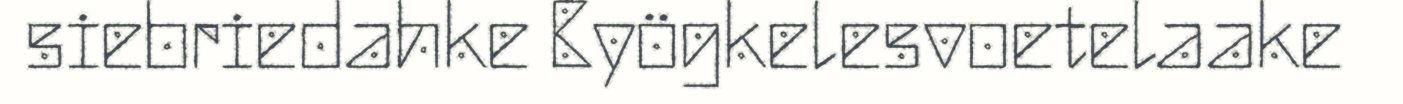
siebriedahke Byögkelesvoetelaake